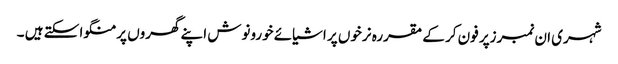
شہری ان نمبرزپر فون کر کے مقررہ نرخوں پر اشیائے خورونوش اپنے گھروں پر منگوا سکتے ہیں ۔